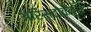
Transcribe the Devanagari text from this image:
अरिस्टोकैट्स